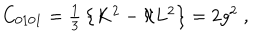
LaTeX: C _ { 0 1 0 1 } = \textstyle { \frac { 1 } { 3 } } \left\{ K ^ { 2 } - \aleph L ^ { 2 } \right\} = 2 g ^ { 2 } \; ,